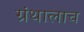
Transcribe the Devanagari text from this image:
ग्रंथालाच